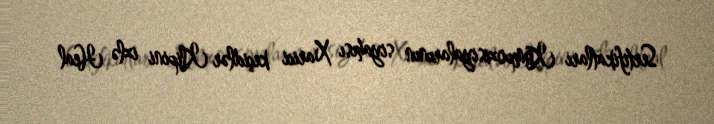
Sertifikatları Kompozisiyalarının siyahısı Xarici keçidlər Klipini izlə Heal